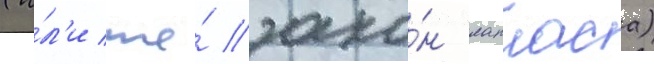
(и́л'и же́ зако́н лапласа)